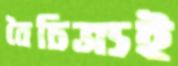
বৈচিত্র্যই